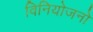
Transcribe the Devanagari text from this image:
विनियोजनों